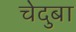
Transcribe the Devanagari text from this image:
चेदुबा